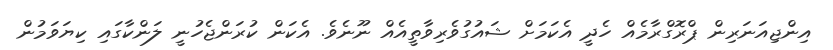
އިންޖިއަނަރިން ޕްރޮގްރާމެއް ހެދީ އެކަމަށް ޝައުގުވެރިވާތީއެއް ނޫނެވެ. އެކަން ކުރަންޖެހުނީ ލަންކާގައި ކިޔަވަމުން